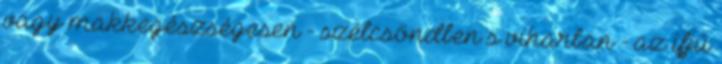
vagy makkegészségesen - szélcsöndben s viharban - az ifjú